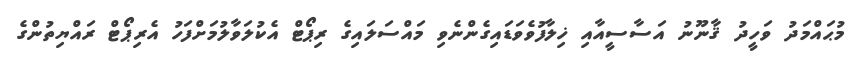
މުޙައްމަދު ވަހީދު ޤާނޫނު އަސާސީއާއި ޚިލާފުވެވަޑައިގެންނެވި މައްސަލައިގެ ރިޕޯޓް އެކުލަވާލުމަށްފަހު އެރިޕޯޓް ރައްޔިތުންގެ